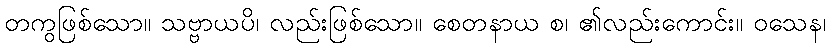
တကွဖြစ်သော။ သဗ္ဗာယပိ၊ လည်းဖြစ်သော။ စေတနာယ စ၊ ၏လည်းကောင်း။ ဝသေန၊